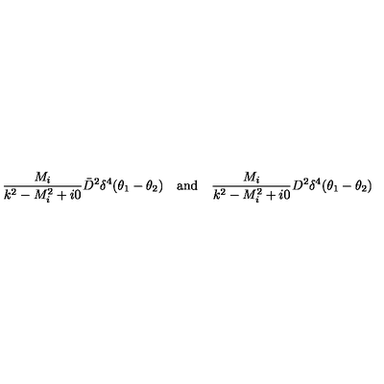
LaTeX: \frac { M _ { i } } { k ^ { 2 } - M _ { i } ^ { 2 } + i 0 } \bar { D } ^ { 2 } \delta ^ { 4 } ( \theta _ { 1 } - \theta _ { 2 } ) \quad \mathrm { a n d } \quad \frac { M _ { i } } { k ^ { 2 } - M _ { i } ^ { 2 } + i 0 } D ^ { 2 } \delta ^ { 4 } ( \theta _ { 1 } - \theta _ { 2 } )